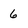
Character: 6